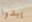
يبدوا